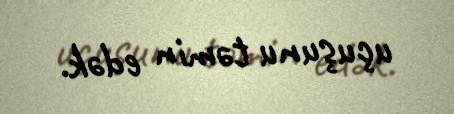
uçuşunu təmin edək.